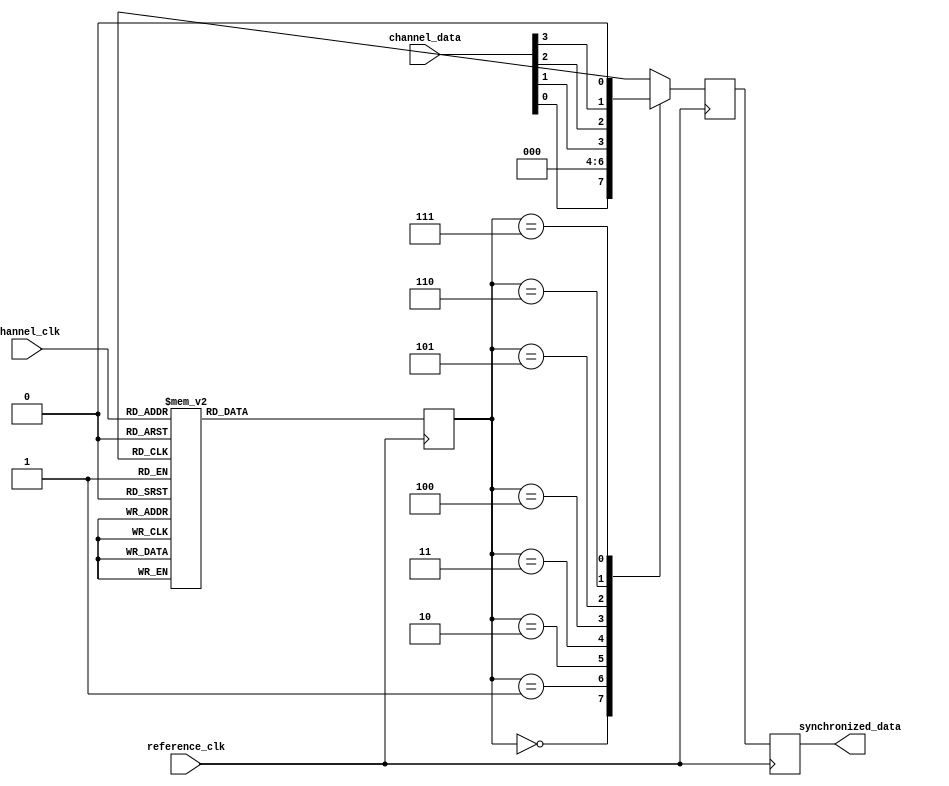
module multi_channel_synchronizer (
    input wire [7:0] channel_data,
    input wire [2:0] channel_clk,
    input wire reference_clk,
    output reg synchronized_data
);

reg [2:0] phase_adjustment;
reg [7:0] adjusted_data;

always @ (posedge reference_clk) begin
    case (channel_clk)
        3'b000: phase_adjustment <= 3'b000;
        3'b001: phase_adjustment <= 3'b001;
        3'b010: phase_adjustment <= 3'b010;
        3'b011: phase_adjustment <= 3'b011;
        3'b100: phase_adjustment <= 3'b100;
        3'b101: phase_adjustment <= 3'b101;
        3'b110: phase_adjustment <= 3'b110;
        3'b111: phase_adjustment <= 3'b111;
    endcase
    
    case (phase_adjustment)
        3'b000: adjusted_data <= channel_data;
        3'b001: adjusted_data <= channel_data << 1;
        3'b010: adjusted_data <= channel_data << 2;
        3'b011: adjusted_data <= channel_data << 3;
        3'b100: adjusted_data <= channel_data >> 1;
        3'b101: adjusted_data <= channel_data >> 2;
        3'b110: adjusted_data <= channel_data >> 3;
        3'b111: adjusted_data <= 8'h00; // default case
    endcase
end

always @ (posedge reference_clk) begin
    synchronized_data <= adjusted_data;
end

endmodule